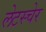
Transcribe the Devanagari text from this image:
लेटस्चेर